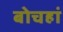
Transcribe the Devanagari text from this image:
बोचहां